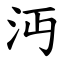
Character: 沔